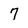
Character: 7